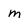
Character: m